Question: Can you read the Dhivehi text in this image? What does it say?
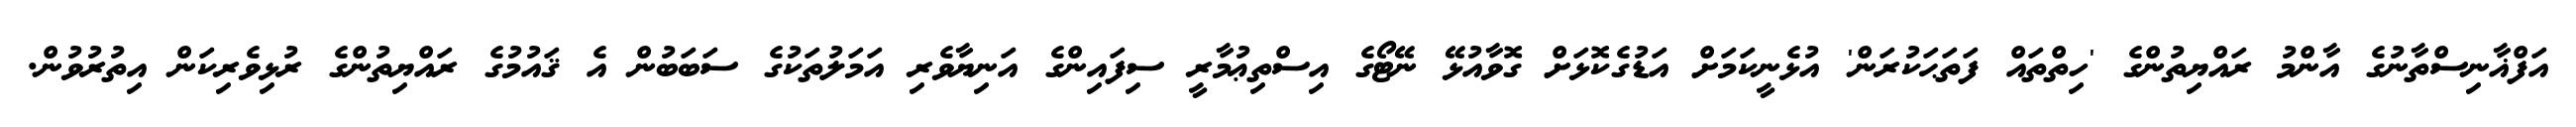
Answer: އަފްޣާނިސްތާނުގެ އާންމު ރައްޔިތުންގެ 'ހިތްތައް ފަތަޙަކުރަން' އުޅެނީކަމަށް އަޑުގެކޮޅަށް ގޮވާއުޅޭ ނޭޓޯގެ އިސްތިޢުމާރީ ސިފައިންގެ އަނިޔާވެރި އަމަލުތަކުގެ ސަބަބުން އެ ޤައުމުގެ ރައްޔިތުންގެ ރުޅިވެރިކަން އިތުރުވުން.